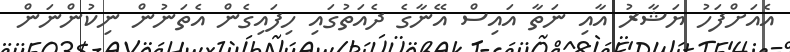
އެއަށްފަހު ޔަޝާރު އާއި ނަތާ އައިސް އޭނާގެ ދެއަތުގައި ހިފައިގެން އެތަނުން ނިކުންނަން